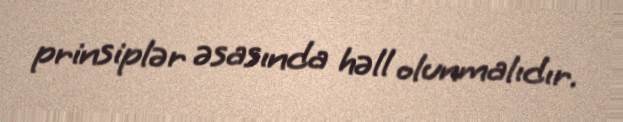
prinsiplər əsasında həll olunmalıdır.